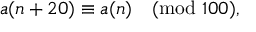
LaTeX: a ( n + 2 0 ) \equiv a ( n ) { \pmod { 1 0 0 } } ,